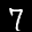
Label: 7